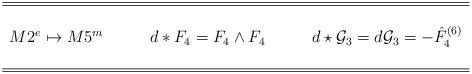
LaTeX: \begin{align*}\begin{array}{ccc} \hline \hline & & \\M2^e \mapsto M5^m&\qquad d*F_4=F_4 \wedge F_4&\qquad d\star {\cal G}_3=d{\cal G}_3=-\hat F^{(6)}_4 \\& & \\ \hline\hline\end{array}\end{align*}